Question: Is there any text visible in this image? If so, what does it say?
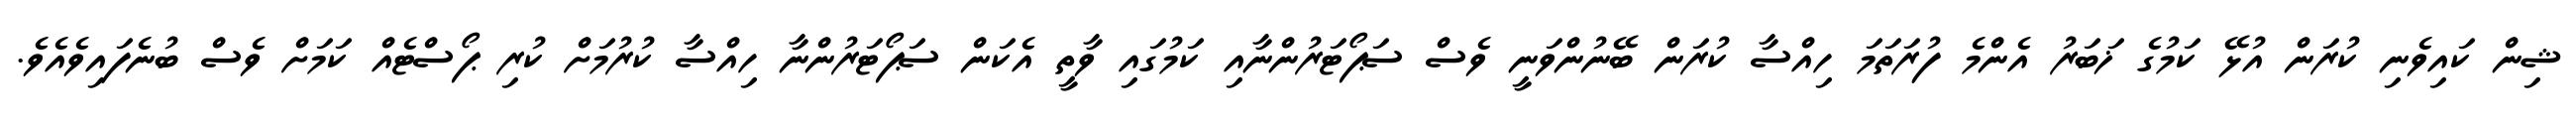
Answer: ޝިން ކައިވެނި ކުރަން އުޅޭ ކަމުގެ ޚަބަރު އެންމެ ފުރަތަމަ ހިއްސާ ކުރަން ބޭނުންވަނީ ވެސް ސަޕޯޓަރުންނާއި ކަމުގައި ވާތީ އެކަން ސަޕޯޓަރުންނާ ހިއްސާ ކުރުމަށް ކުރި ޕޯސްޓެއް ކަމަށް ވެސް ބުނެފައިވެއެވެ.